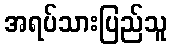
အရပ်သားပြည်သူ